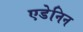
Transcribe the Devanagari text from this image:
एडेनिन